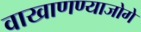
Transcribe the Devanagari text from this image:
वाखाणण्याजोगे